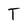
Character: T